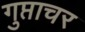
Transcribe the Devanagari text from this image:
गुप्ताचर